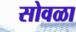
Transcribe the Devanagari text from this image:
सोवळा